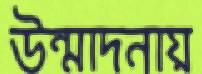
উন্মাদনায়